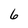
Character: 6